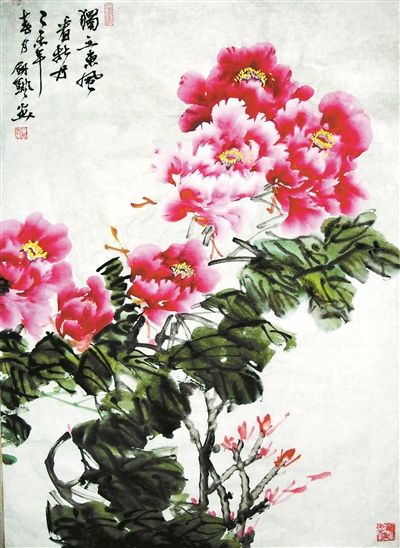
一自胡尘入汉关，十年伊洛路漫漫。